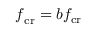
\boldsymbol { f } _ { \mathrm { c r } } = \boldsymbol { b } f _ { \mathrm { c r } }